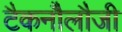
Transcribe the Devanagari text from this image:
टैकनौेलौजी